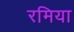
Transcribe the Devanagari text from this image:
रमिया